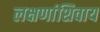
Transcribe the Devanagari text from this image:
लक्षणांशिवाय